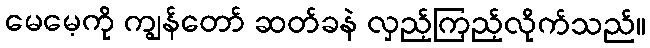
မေမေ့ကို ကျွန်တော် ဆတ်ခနဲ လှည့်ကြည့်လိုက်သည်။